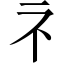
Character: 礻